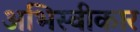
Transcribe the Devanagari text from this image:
अभिस्वीकार